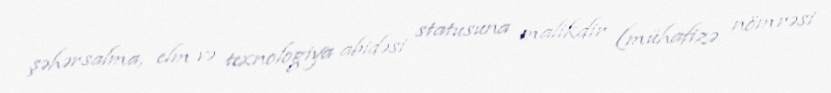
şəhərsalma, elm və texnologiya abidəsi statusuna malikdir (mühafizə nömrəsi